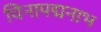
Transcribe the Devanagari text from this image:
चिनापद्मनाभ